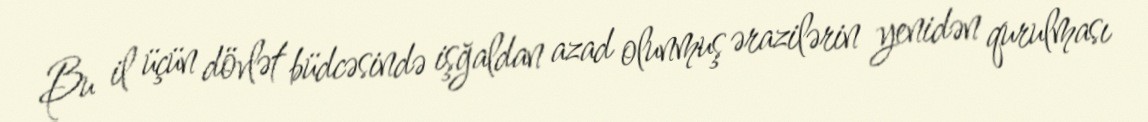
Bu il üçün dövlət büdcəsində işğaldan azad olunmuş ərazilərin yenidən qurulması